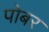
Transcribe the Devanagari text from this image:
पोबर